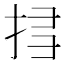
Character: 𢬞